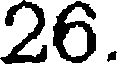
26.